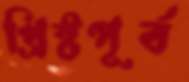
খ্রিষ্টপূর্ব